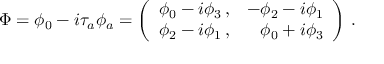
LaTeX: \Phi = \phi _ { 0 } - i \tau _ { a } \phi _ { a } = \left( \begin{array} { r r } { { \phi _ { 0 } - i \phi _ { 3 } \, , } } & { { - \phi _ { 2 } - i \phi _ { 1 } } } \\ { { \phi _ { 2 } - i \phi _ { 1 } \, , } } & { { \phi _ { 0 } + i \phi _ { 3 } } } \end{array} \right) \, .